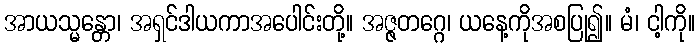
အာယသ္မန္တော၊ အရှင်ဒါယကာအပေါင်းတို့။ အဇ္ဇတဂ္ဂေ၊ ယနေ့ကိုအစပြု၍။ မံ၊ ငါ့ကို။